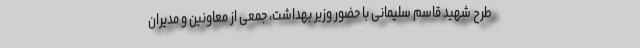
طرح شهید قاسم سلیمانی با حضور وزیر بهداشت، جمعی از معاونین و مدیران